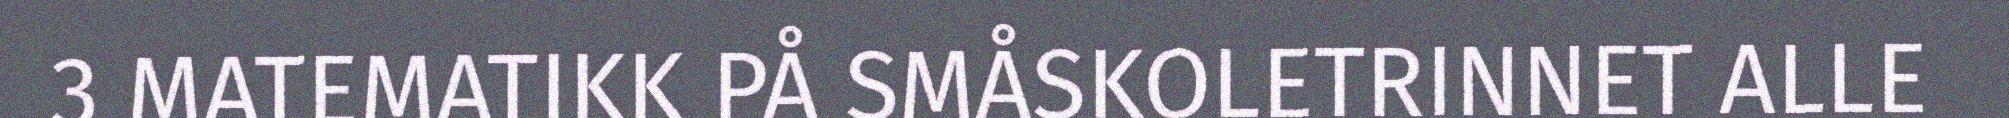
3 MATEMATIKK PÅ SMÅSKOLETRINNET ALLE